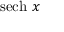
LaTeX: \operatorname { s e c h } \, x